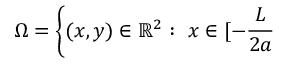
\Omega = \left\{ ( x , y ) \in \mathbb { R } ^ { 2 } : \ x \in [ - \frac { L } { 2 a } \right.